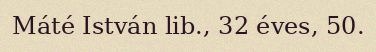
Máté István lib., 32 éves, 50.